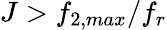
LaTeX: J>f_{2,max}/f_{r}